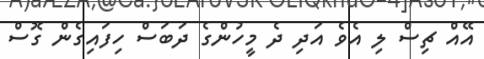
އޭއް ޗިސް ލި އެވެ އަދި ދެ މީހުންގެ ދަބަސް ހިފައިގެން ގޮސް